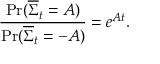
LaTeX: { \frac { \operatorname* { P r } ( { \overline { { \Sigma } } } _ { t } = A ) } { \operatorname* { P r } ( { \overline { { \Sigma } } } _ { t } = - A ) } } = e ^ { A t } .